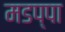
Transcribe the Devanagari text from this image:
मडप्पा